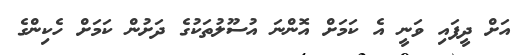
އަށް ދީފައި ވަނީ އެ ކަމަށް އޮންނަ އުސޫލުތަކުގެ ދަށުން ކަމަށް ހެކިންގެ